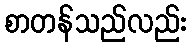
စာတန်သည်လည်း